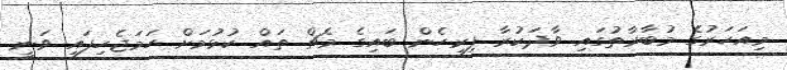
މިއަހަރުގެ މުބާރާތުގައި ވާދަކުރާ ފިރިހެން ބައިގެ މެޗް ތައް ކުޅުމަށް ހަމަޖެހިފައި ވަނީ